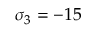
\sigma _ { 3 } = - 1 5